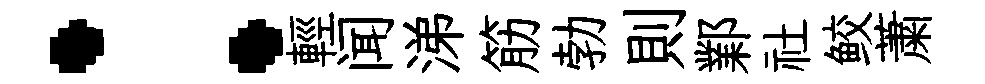
：輕闻涕筋勃則鄴社鲛䔥